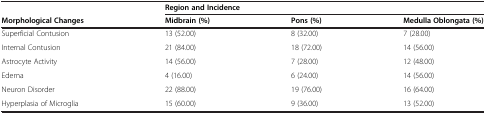
|  | <COLSPAN=3> Region and Incidence |
 | Morphological Changes | Midbrain (%) | Pons (%) | Medulla Oblongata (%) |
 | --- | --- | --- | --- |
 | Superficial Contusion | 13 (52.00) | 8 (32.00) | 7 (28.00) |
 | Internal Contusion | 21 (84.00) | 18 (72.00) | 14 (56.00) |
 | Astrocyte Activity | 14 (56.00) | 7 (28.00) | 12 (48.00) |
 | Edema | 4 (16.00) | 6 (24.00) | 14 (56.00) |
 | Neuron Disorder | 22 (88.00) | 19 (76.00) | 16 (64.00) |
 | Hyperplasia of Microglia | 15 (60.00) | 9 (36.00) | 13 (52.00) |